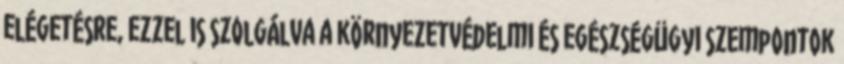
elégetésre, ezzel is szolgálva a környezetvédelmi és egészségügyi szempontok